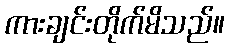
ကားချင်းတိုက်မိသည်။